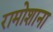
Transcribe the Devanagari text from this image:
रामोशाना